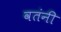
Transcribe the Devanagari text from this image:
वतंनी